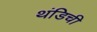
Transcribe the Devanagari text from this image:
थंडिची